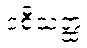
ဝစီသတ္ထံ